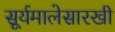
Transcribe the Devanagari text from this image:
सूर्यमालेसारखी